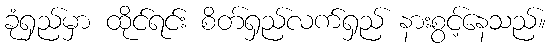
ခုံရှည်မှာ ထိုင်ရင်း စိတ်ရှည်လက်ရှည် နားစွင့်နေသည်။